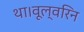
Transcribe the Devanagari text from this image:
था।वूल्वरिन